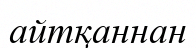
айтқаннан